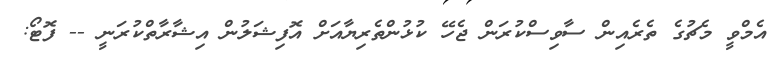
އެމްވީ މެޗުގެ ތެރެއިން ސާވިސްކުރަން ޖެހޭ ކުޅުންތެރިޔާއަށް އޮފިޝަލުން އިޝާރާތްކުރަނީ -- ފޮޓޯ: